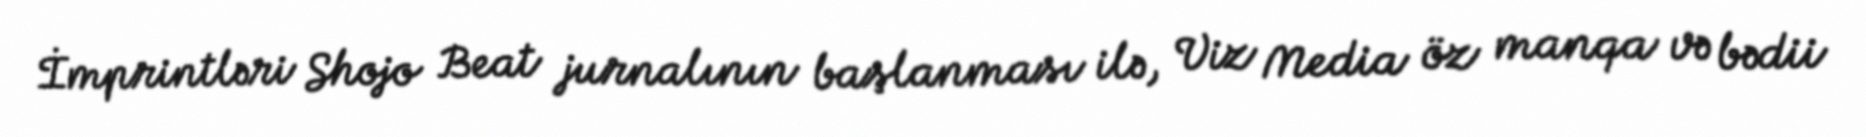
İmprintləri Shojo Beat jurnalının başlanması ilə, Viz Media öz manqa və bədii